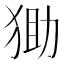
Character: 𤞩